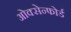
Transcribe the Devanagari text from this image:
ओक्सेन्फोर्ड